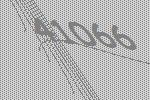
41066